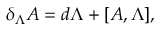
\delta _ { \Lambda } A = d \Lambda + [ A , \Lambda ] ,